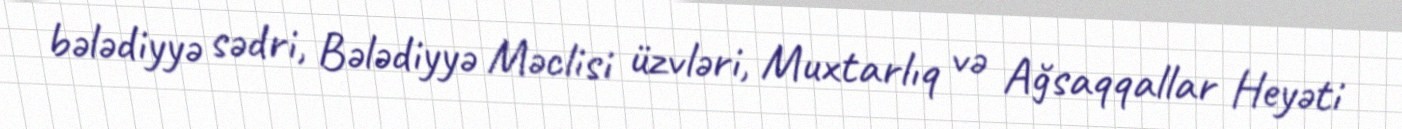
bələdiyyə sədri, Bələdiyyə Məclisi üzvləri, Muxtarlıq və Ağsaqqallar Heyəti